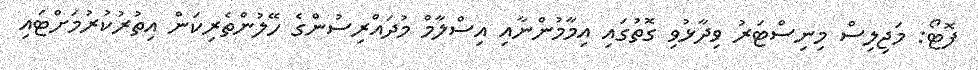
ފޮޓޯ: މަޖިލިސް މިނިސްޓަރު ވިދާޅުވި ގޮތުގައި އިމާމުންނާއި އިސްލާމް މުދައްރިސުންގެ ހޭލުންތެރިކަން އިތުރުކުރުމަށްޓައި